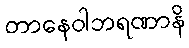
တာနေဝါဘရဏာနိ